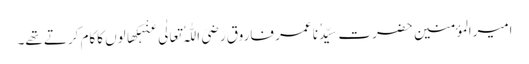
امیرالمؤمنین حضرت سیِّدُنا عمر فاروقِ رَضِیَ اللّٰہُ تَعَالٰی عَنْہکھالوں کاکام کرتے تھے۔